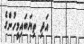
އަދި ތިޔަބައިމީހުންގެ